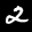
Label: 2